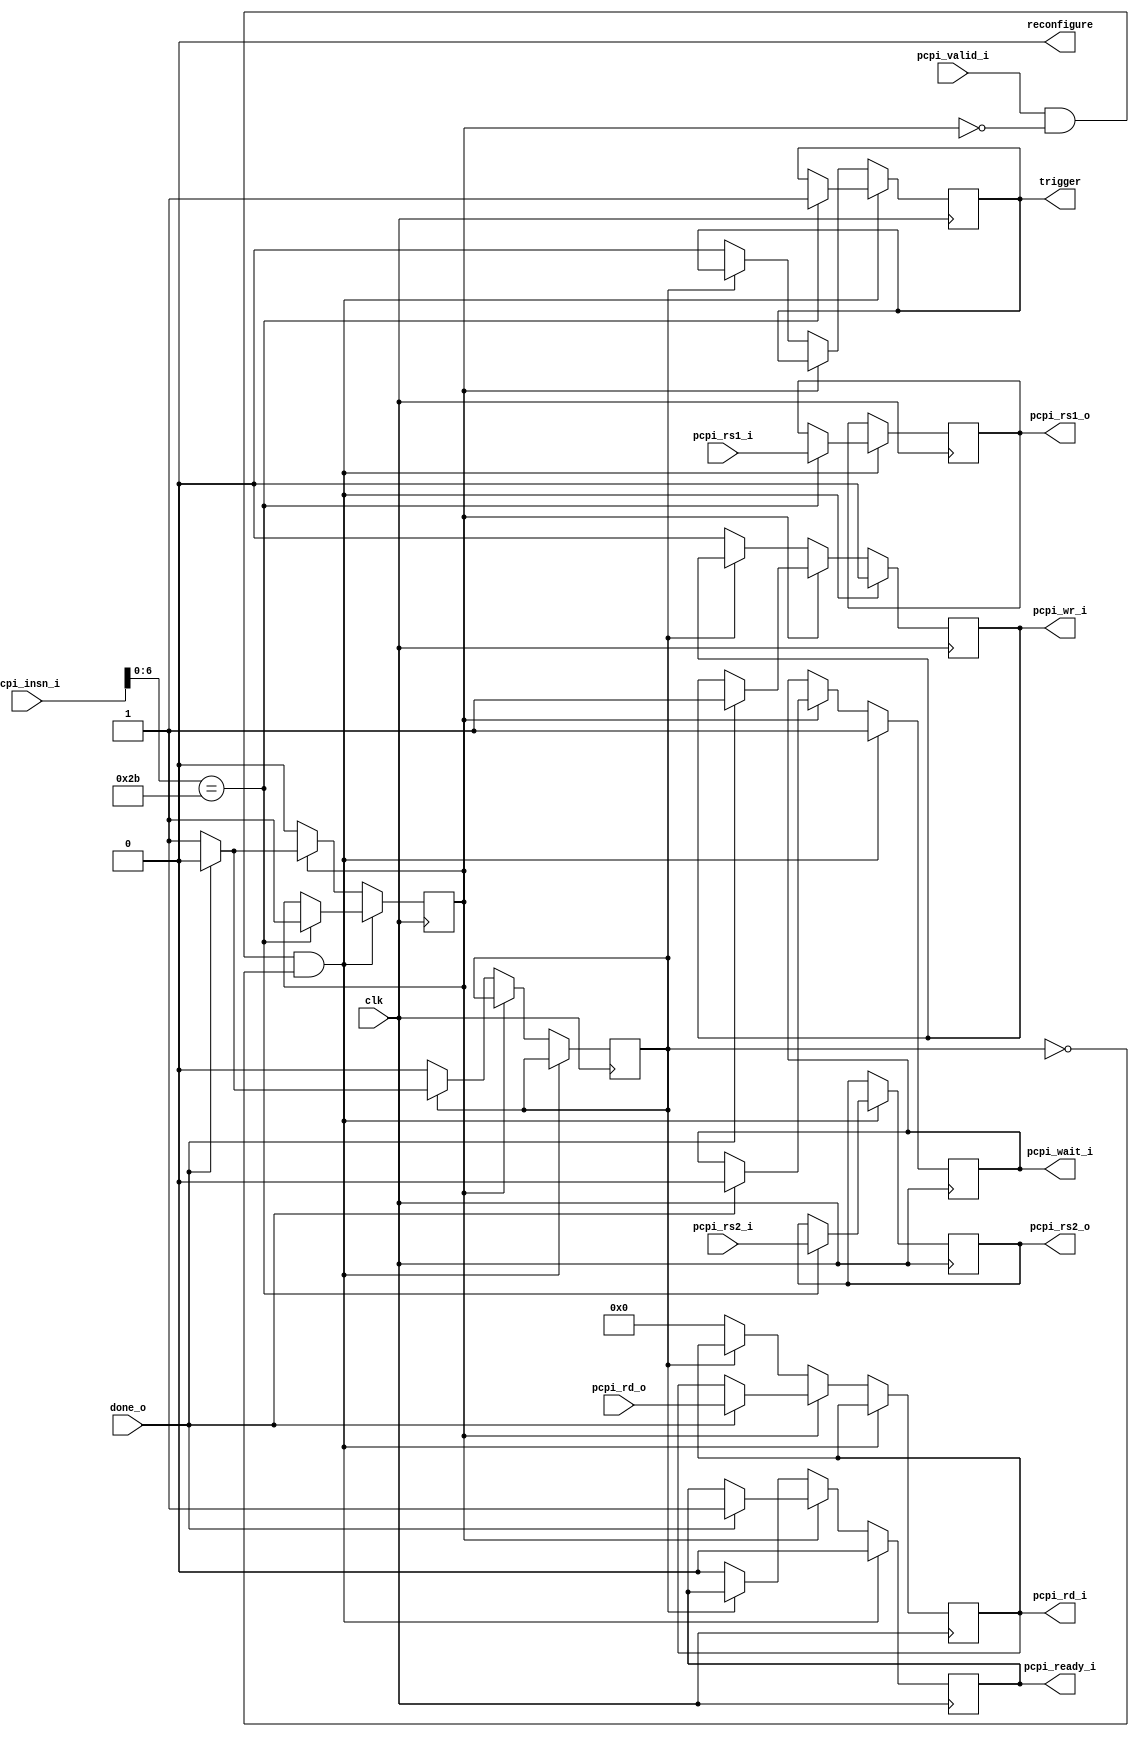
module cp_sheduler(
        input clk,
        input[31:0] pcpi_rs1_i,
        input[31:0] pcpi_rs2_i,
        input[31:0] pcpi_insn_i,
        input pcpi_valid_i, 
             
        output reg[31:0] pcpi_rd_i,
        output reg pcpi_wr_i = 0,
        output reg pcpi_ready_i = 0,
        output reg pcpi_wait_i = 0,
     
        output reg[31:0] pcpi_rs1_o,
        output reg[31:0] pcpi_rs2_o,
        output reg trigger = 0,
        output reg reconfigure = 0,

        input[31:0] pcpi_rd_o,
        
        input done_o
    );

reg ex_running = 0;
reg pr_running = 0;

always @(posedge clk) begin

    // We recieve an instruction
    if (pcpi_valid_i && !ex_running && !pr_running) begin
        // Stall the pico pipeline
        pcpi_wait_i <= 1;
        // Exit the ready state
        pcpi_ready_i <= 0;

        // Write back disable
        pcpi_wr_i <= 0;
        
        // Execute instruction 
        if (pcpi_insn_i[6:0] == 7'b0101011) begin
            // Execute instruction running
            ex_running <= 1; 
            
            // Forward Data
            pcpi_rs1_o <= pcpi_rs1_i;
            pcpi_rs2_o <= pcpi_rs2_i;
            trigger    <= 1;

        // Reconfigure instruction 
        end// else if (pcpi_insn_i[6:0] == 7'b1101000) begin
            // PR instruction running
        //    pr_running  <= 1;
            // Start co-processor running
        //    reconfigure <= 1;
        //end
        // We are currently executing
    end else if (ex_running) begin
        // The core has completed
        if (done_o) begin 
            // Execution is complete
            ex_running   <= 0;
            // Write value back to register
            pcpi_wr_i    <= 1;
            // Value to write to register
            pcpi_rd_i    <= pcpi_rd_o;
            // The core is ready again
            pcpi_ready_i <= 1;
            // Unstall pipeline  
            pcpi_wait_i <= 0;
        end
    end else if (pr_running) begin
        // The core has completed
        // Triggered for two cycles after reconfiguration complete?
        if (done_o) begin 
            // PR has completed
            pr_running <= 0;
            
            // Unstall pipeline  
            //pcpi_wait_i  <= 0;
        end
    end else begin
       // TODO NEED RESET
        trigger      <= 0;
        pcpi_wr_i    <= 0;
        pcpi_ready_i <= 0;
        pcpi_rd_i    <= 0;

       // reconfigure <= 0;
    end
end

endmodule